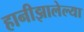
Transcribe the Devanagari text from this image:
हानीझालेल्या